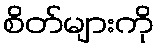
စိတ်များကို